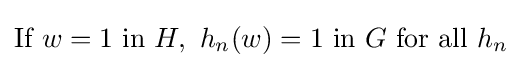
{\text{If}}\ w=1\ {\text{in}}\ H,\ h_{n}(w)=1\ {\text{in}}\ G\ {\text{for all}}\ h_{n}